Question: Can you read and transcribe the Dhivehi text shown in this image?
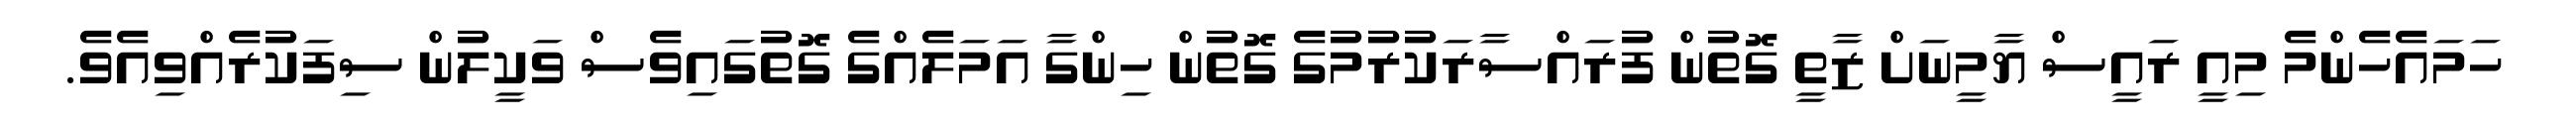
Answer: ހަމައެހެންމެ މިއީ ރައީސް ޔާމީނަށް ޒާތީ ގޮތުން ފުރައްސާރަކުރުމުގެ ގޮތުން ހިންގާ އަމަލެއްގެ ގޮތުގައިވެސް ވަކީލުން ސިފަކުރެއްވިއެވެ.